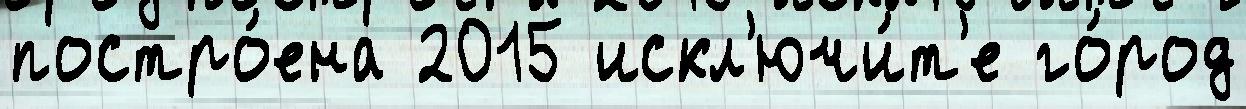
постро́ена 2015 искл'ючи́т'е го́род